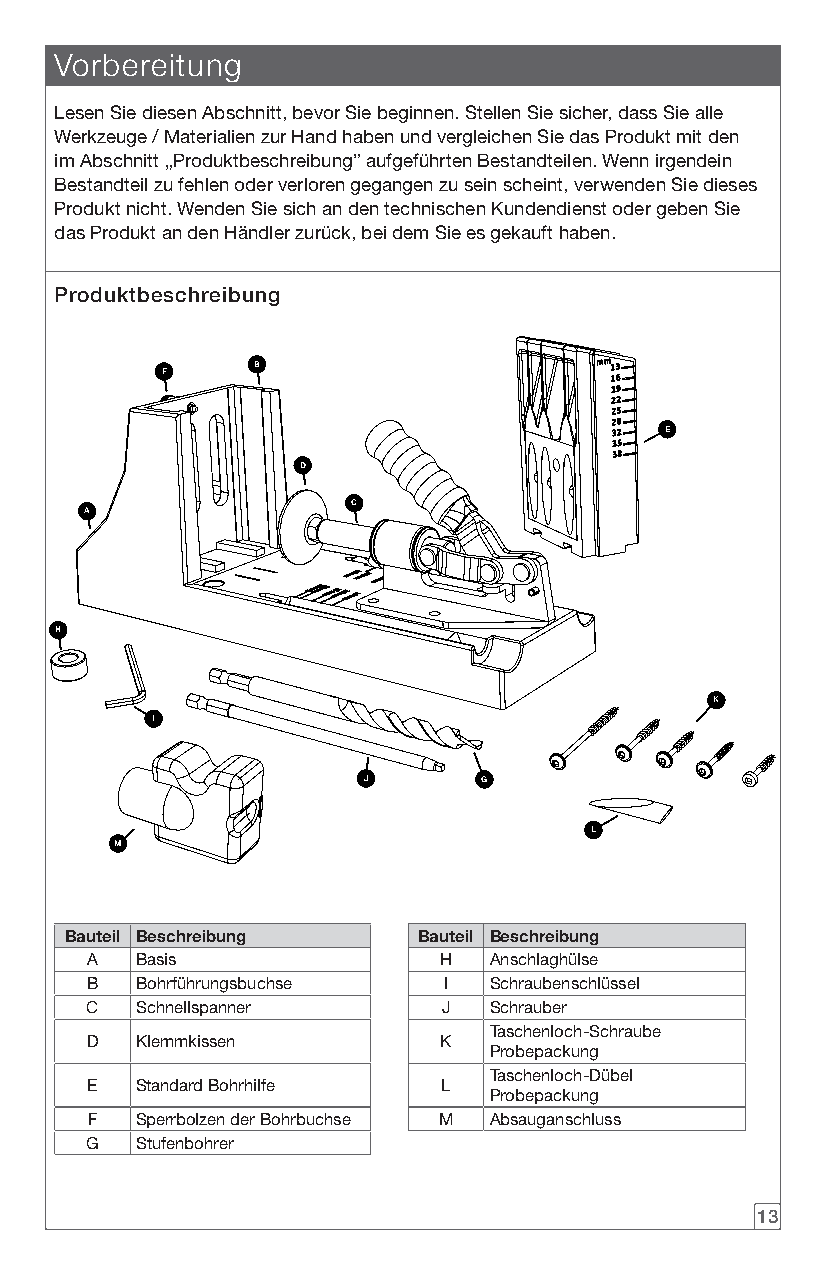
Vorbereitung
 Lesen Sie diesen Abschnitt, bevor Sie beginnen. Stellen Sie sicher, dass Sie alle
 Werkzeuge / Materialien zur Hand haben und vergleichen Sie das Produkt mit den
 im Abschnitt „Produktbeschreibung” aufgeführten Bestandteilen. Wenn irgendein
 Bestandteil zu fehlen oder verloren gegangen zu sein scheint, verwenden Sie dieses
 Produkt nicht. Wenden Sie sich an den technischen Kundendienst oder geben Sie
 das Produkt an den Händler zurück, bei dem Sie es gekauft haben.
 Produktbeschreibung
 B
 F
 E
 D
 C
 A
 H
 K
 I
 J       G
 L
 M
 Bauteil Beschreibung    Bauteil Beschreibung
 A  Basis               H  Anschlaghülse
 B  Bohrführungsbuchse  I  Schraubenschlüssel
 C  Schnellspanner      J  Schrauber
 Taschenloch-Schraube
 D  Klemmkissen         K
 Probepackung
 Taschenloch-Dübel
 E  Standard Bohrhilfe  L
 Probepackung
 F  Sperrbolzen der Bohrbuchse M Absauganschluss
 G  Stufenbohrer
 13